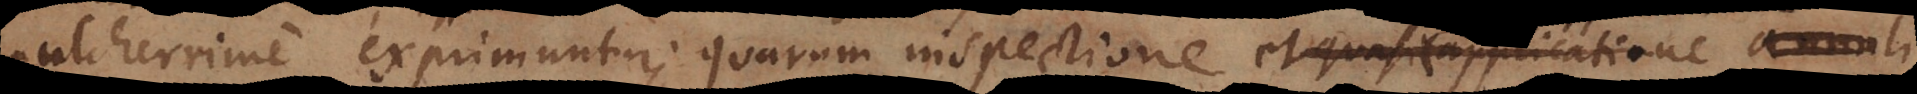
pulcherrime exprimuntur; quarum inspectione (cum originali